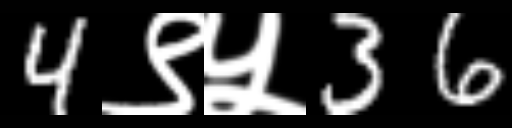
Text: 4९५36